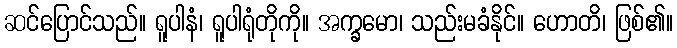
ဆင်ပြောင်သည်။ ရူပါနံ၊ ရူပါရုံတိုကို။ အက္ခမော၊ သည်းမခံနိုင်။ ဟောတိ၊ ဖြစ်၏။